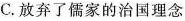
C.放弃了儒家的治国理念